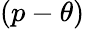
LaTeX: (p-\theta)